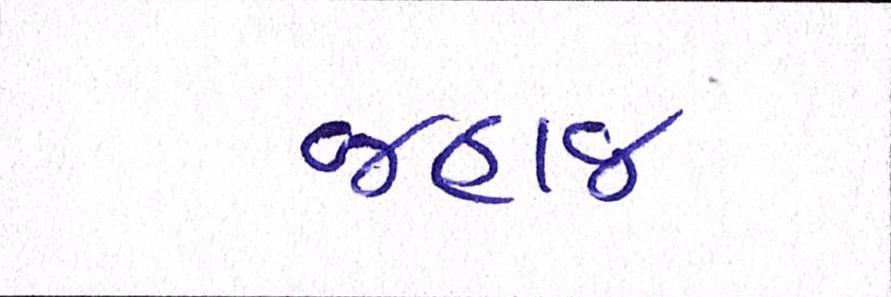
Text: જહાજ